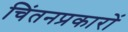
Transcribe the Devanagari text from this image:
चिंतनप्रकारों